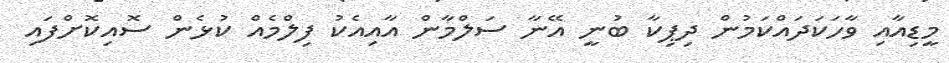
މީޑިއާއި ވާހަކަދައްކަމުން ދިޕިކާ ބުނީ އޭނާ ސަލްމާން އާއިއެކު ފިލްމެއް ކުޅެން ސޮއިކޮށްފައި